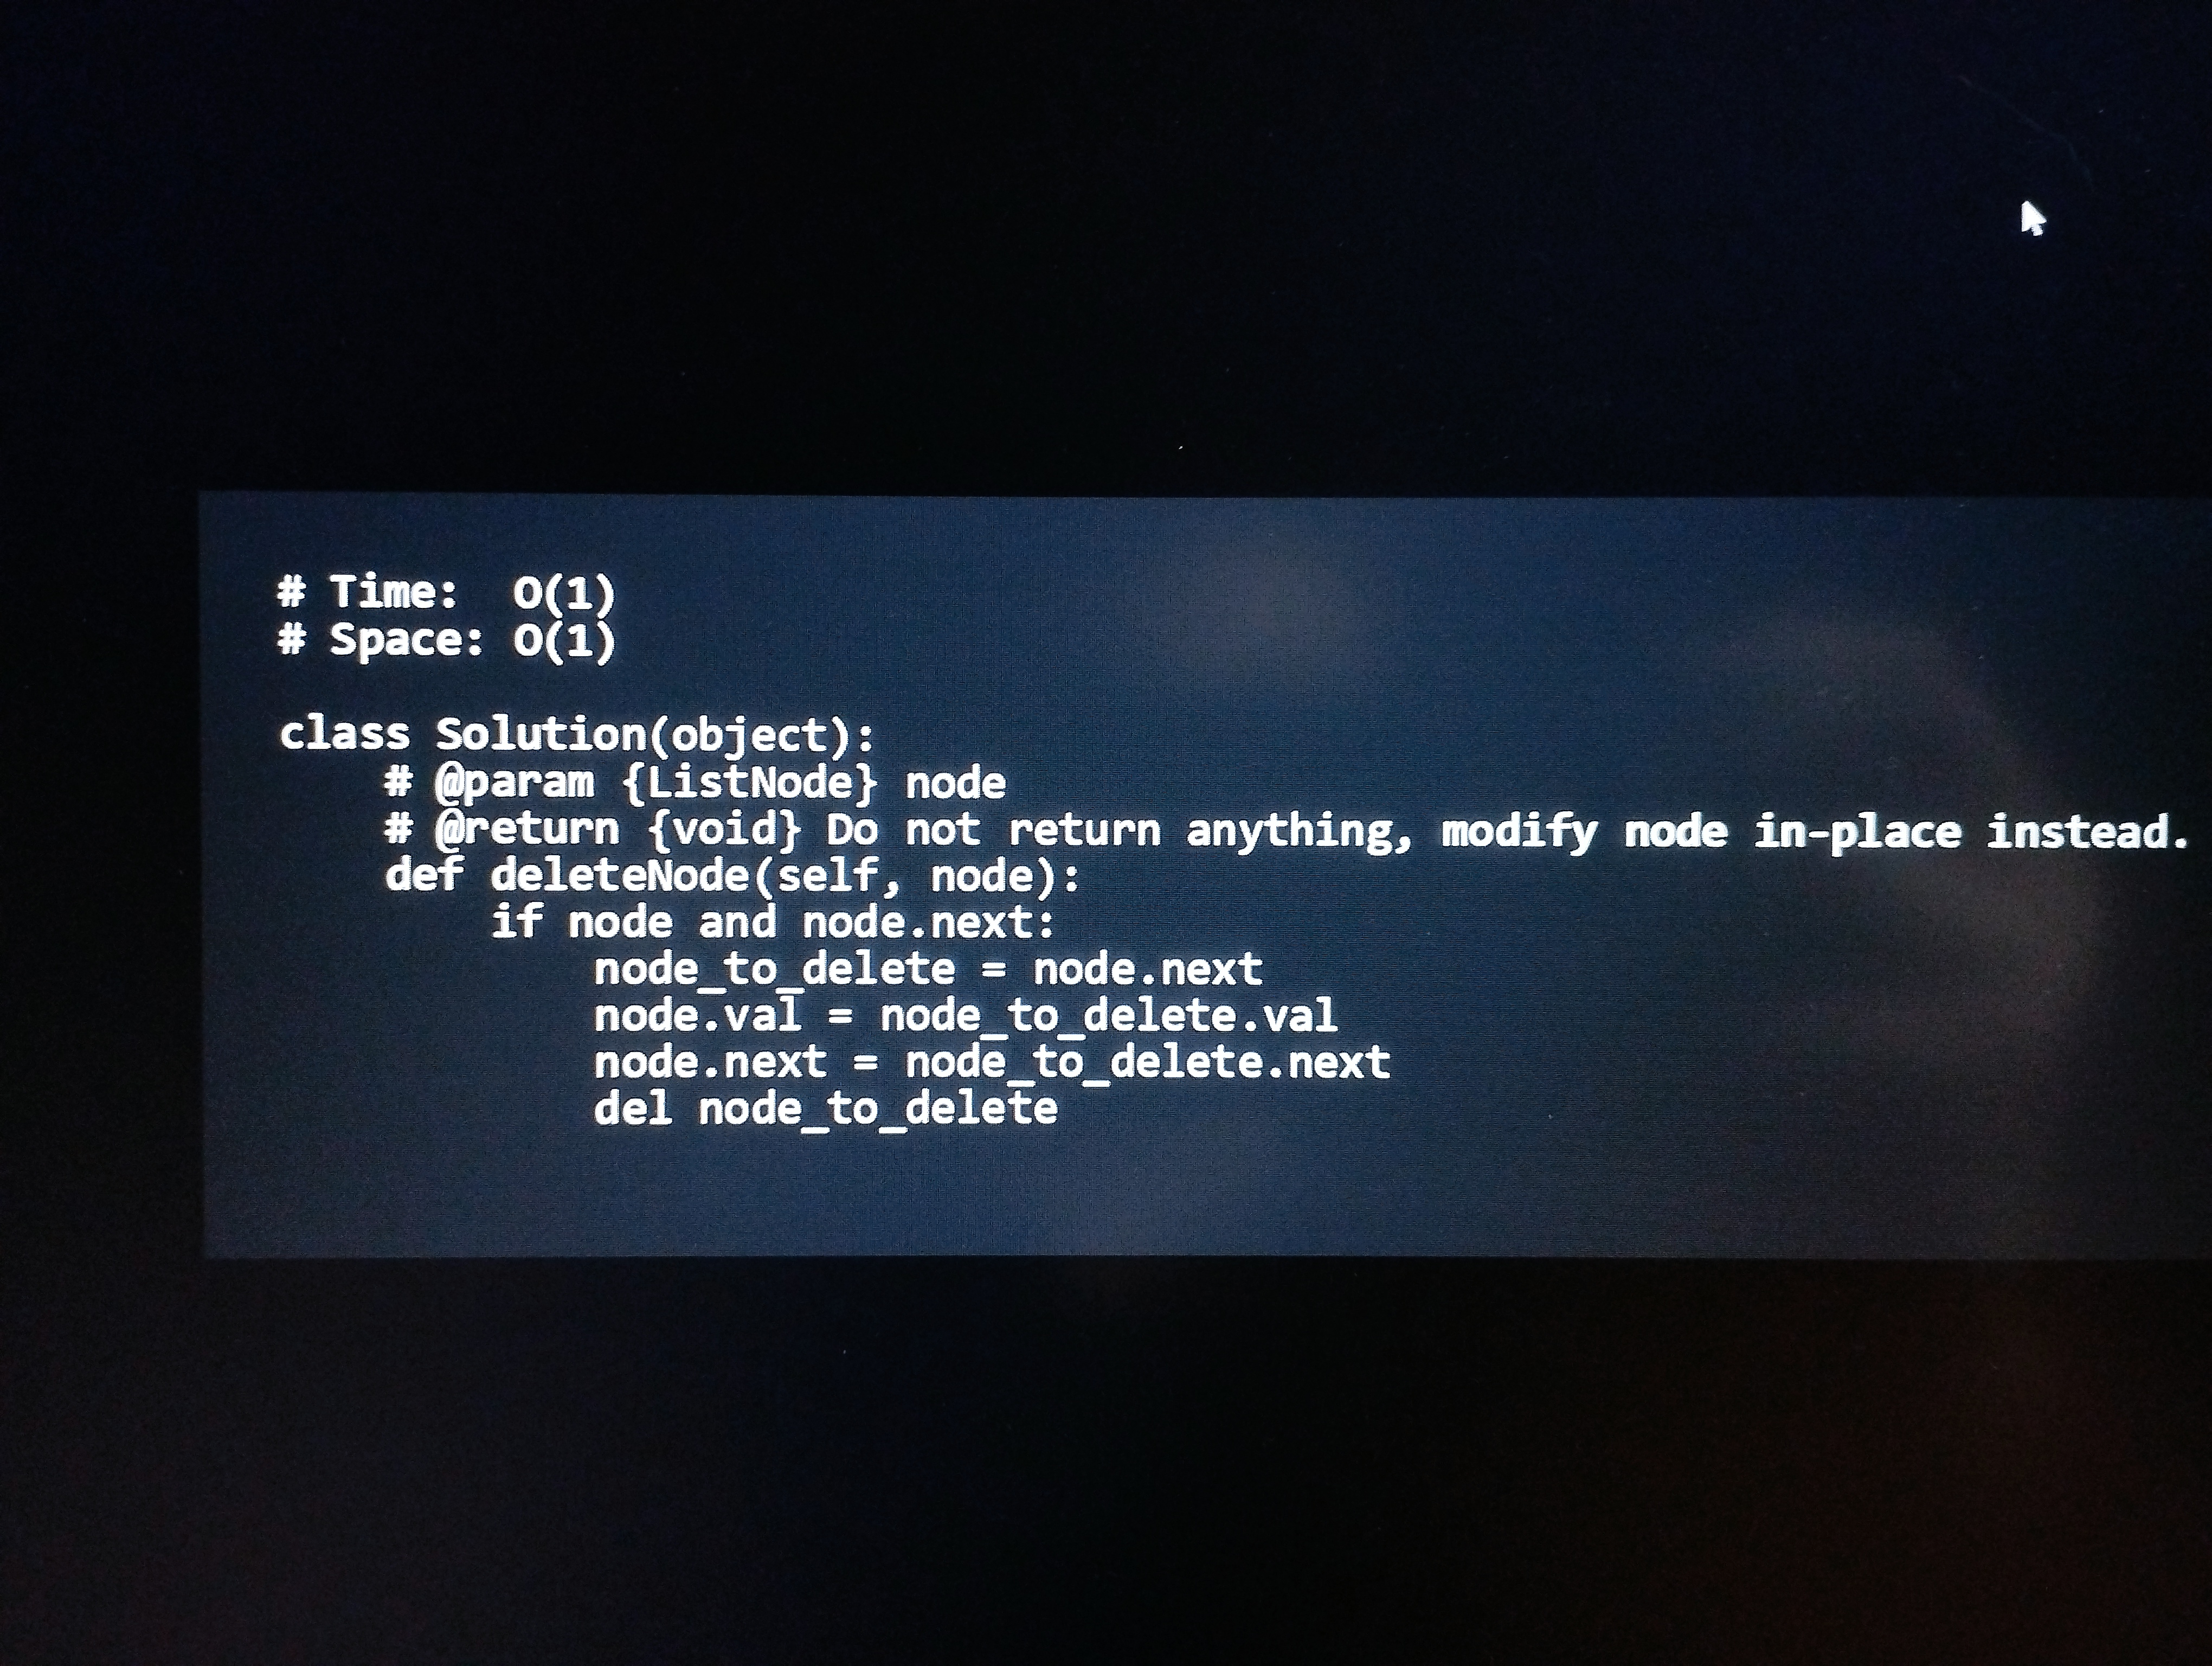
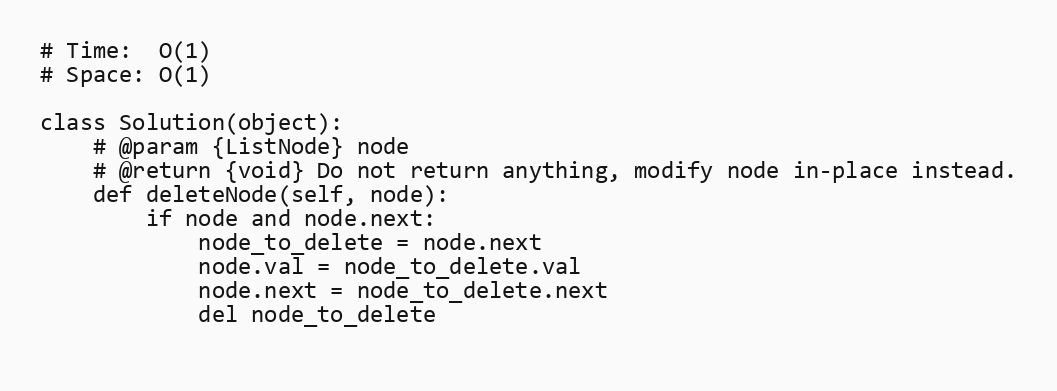
# Time:  O(1)
# Space: O(1)

class Solution(object):
    # @param {ListNode} node
    # @return {void} Do not return anything, modify node in-place instead.
    def deleteNode(self, node):
        if node and node.next:
            node_to_delete = node.next
            node.val = node_to_delete.val
            node.next = node_to_delete.next
            del node_to_delete